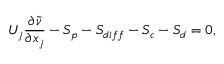
U _ { j } \frac { \partial \tilde { \nu } } { \partial x _ { j } } - S _ { p } - S _ { d i f f } - S _ { c } - S _ { d } = 0 ,